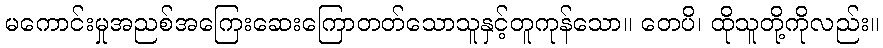
မကောင်းမှုအညစ်အကြေးဆေးကြောတတ်သောသူနှင့်တူကုန်သော။ တေပိ၊ ထိုသူတို့ကိုလည်း။